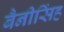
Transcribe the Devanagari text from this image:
बैनीसिंह